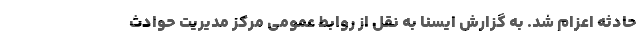
حادثه اعزام شد. به گزارش ایسنا به نقل از روابط عمومی مرکز مدیریت حوادث